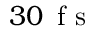
3 0 \, \mathrm { ~ f ~ s ~ }